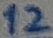
Text: 12